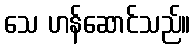
သေ ဟန်ဆောင်သည်။